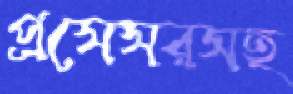
প্রসেসরসহ